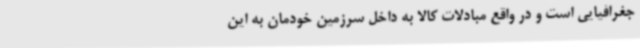
جغرافیایی است و در واقع مبادلات کالا به داخل سرزمین خودمان به این